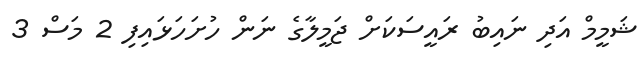
ޝަމީމް އަދި ނައިބު ރައީސަކަށް ޖަމީލާގެ ނަން ހުށަހަޅައިފި 2 މަސް 3